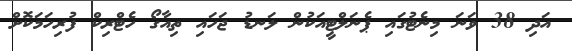
އަދި 38 ވަނަ މިނެޓުގައި ޕެނަލްޓީއަކުން ލަނޑު ޖަހައި ތިއާގޯ ހެޓްރިކް ފުރިހަމަކޮށް